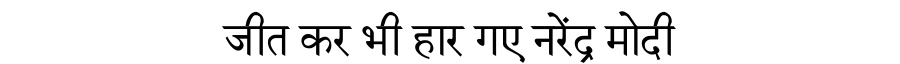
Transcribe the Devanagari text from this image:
जीत कर भी हार गए नरेंद्र मोदी